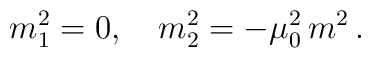
m_1^2=0, \quad m_2^2=-\mu_0^2\,m^2\,{.}